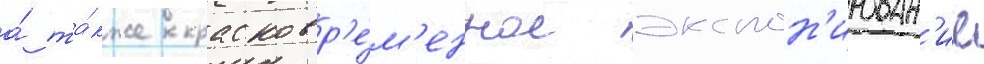
а́ та́кже кратковр'е́м'енное экспон'ирован'ие